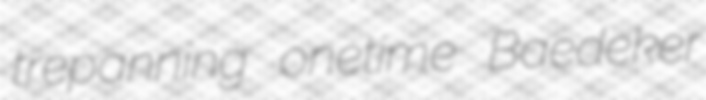
trepanning onetime Baedeker